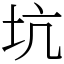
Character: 坑